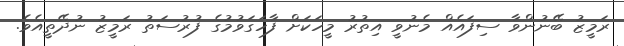
ރަމީޒު ބޭނުންވާ ސިފައެއް މެނުވީ އިތުރު މީހަކަށް ފާހަގަވުމުގެ ފުރުސަތު ރަމީޒު ނުދޭތީއެވެ.